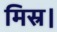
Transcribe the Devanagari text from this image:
मिस्र।